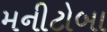
મનીટોબા